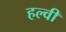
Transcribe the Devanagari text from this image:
हल्वी